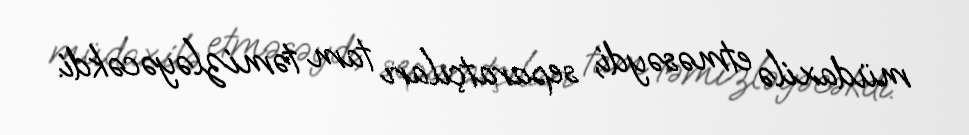
müdaxilə etməsəydi, separatçıları tam təmizləyəcəkdi.